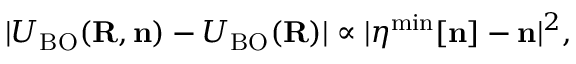
\vert { \cal U } _ { \mathrm { B O } } ( { \bf R , n } ) - U _ { \mathrm { B O } } ( { \bf R } ) \vert \propto \vert { \boldsymbol \eta } ^ { \mathrm { m i n } } [ { \bf n } ] - { \bf n } \vert ^ { 2 } ,